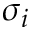
\sigma _ { i }